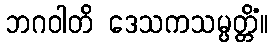
ဘဂဝါတိ ဒေသကသမ္ပတ္တိံ။